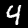
Label: 4